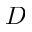
D